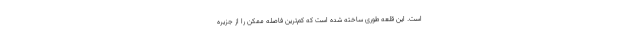
است. این قلعه طوری ساخته شده است که کم‌ترین فاصله ممکن را از جزیره